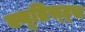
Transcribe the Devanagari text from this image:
क्यूब्रिस्ट्स